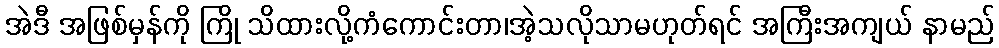
အဲဒီ အဖြစ်မှန်ကို ကြို သိထားလို့ကံကောင်းတာ၊အဲ့သလိုသာမဟုတ်ရင် အကြီးအကျယ် နာမည်